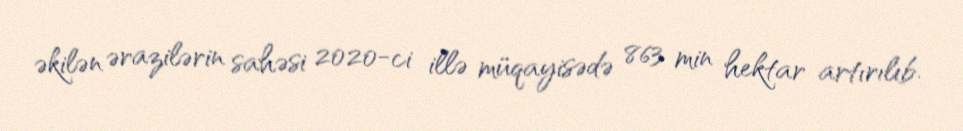
əkilən ərazilərin sahəsi 2020-ci illə müqayisədə 863 min hektar artırılıb.